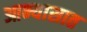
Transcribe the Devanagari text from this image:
आभ्यासात